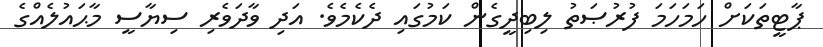
ޕާޓީތަކަށް ހަމަހަމަ ފުރުޞަތު ލިބިދީގެން ކަމުގައި ދެކެމެވެ. އަދި ވާދަވެރި ސިޔާސީ މާޙައުލެއްގެ